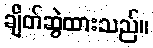
ချိတ်ဆွဲထားသည်။